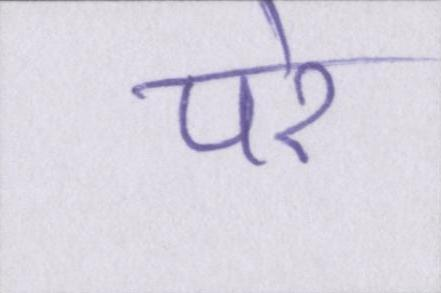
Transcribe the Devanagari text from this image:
परे